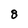
Character: 8